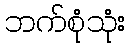
ဘက်စုံသုံး